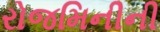
રોજમિનીની